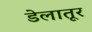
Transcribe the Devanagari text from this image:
डेलातूर